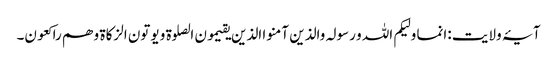
آیۂ ولایت :انما ولیکم اللہ و رسولہ والذین آمنو ا الذین یقیمون الصلوة و یوتون الزکاة و ھم راکعون۔